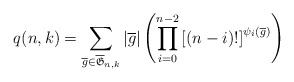
\begin{align*}q(n,k)= \sum_{\overline{g}\in \overline{\mathfrak{G}}_{n,k} } |\overline{g} | \left( \prod_{i=0}^{n-2} \left[ \left( n-i\right) ! \right]^{\psi_i (\overline{g})} \right)\end{align*}